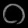
Digit: ၀